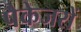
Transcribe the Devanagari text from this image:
पैकेजरों